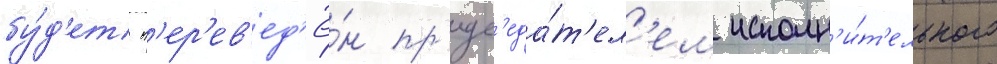
бу́д'ет п'ер'ев'ед'ё́н пр'едс'еда́т'ел'ем исполн'и́т'ельного